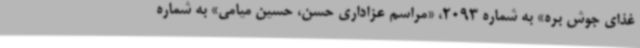
غذای جوش بره» به شماره 2093، «مراسم عزاداری حسن، حسین میامی» به شماره